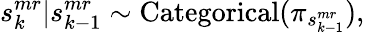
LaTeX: s_{k}^{mr}|s_{k-1}^{mr}\sim\mathrm{Categorical}(\pi_{s_{k-1}^{mr}}),